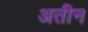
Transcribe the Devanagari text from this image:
अतीन